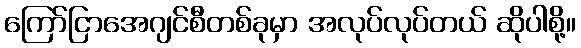
ကြော်ငြာအေဂျင်စီတစ်ခုမှာ အလုပ်လုပ်တယ် ဆိုပါစို့။